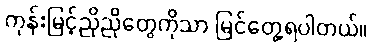
ကုန်းမြင့်ညိုညိုတွေကိုသာ မြင်တွေ့ရပါတယ်။